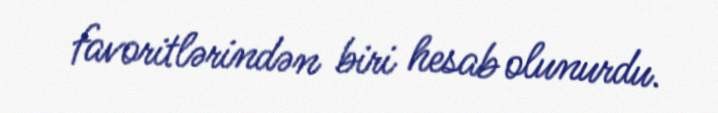
favoritlərindən biri hesab olunurdu.